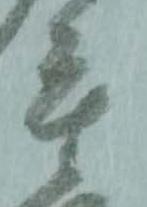
重